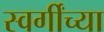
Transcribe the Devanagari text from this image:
स्वर्गींच्या